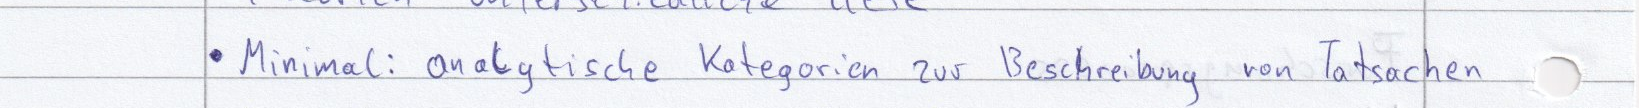
Minimal: analytische Kategorien zur Beschreibung von Tatsachen